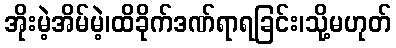
အိုးမဲ့အိမ်မဲ့၊ထိခိုက်ဒဏ်ရာရခြင်း၊သို့မဟုတ်